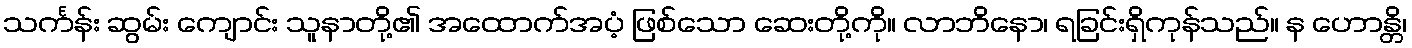
သင်္ကန်း ဆွမ်း ကျောင်း သူနာတို့၏ အထောက်အပံ့ ဖြစ်သော ဆေးတို့ကို။ လာဘိနော၊ ရခြင်းရှိကုန်သည်။ န ဟောန္တိ၊